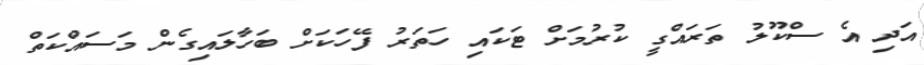
އަދި އެ ސްކޫލު ތަރައްގީ ކުރުމަށް ޓަކައި ހަތަރު ފޭހަކަށް ބަހާލައިގެން މަސައްކަތް